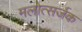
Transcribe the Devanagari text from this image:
मलोत्सर्जक